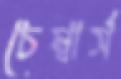
চেম্বার্স